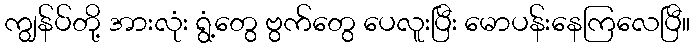
ကျွန်ပ်တို့ အားလုံး ရွံ့တွေ ဗွက်တွေ ပေလူးပြီး မောပန်းနေကြလေပြီ။